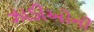
ઝાડીઓની